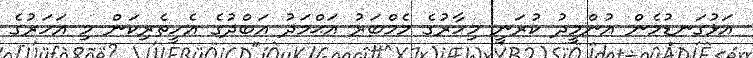
އަޅުގަނޑުމެން އުންމީދު ކުރަނީ މިހާރުގެ މެމްބަރު އަޙްމަދު އަބްދުގެ އެހީތެރިކަން މި އަހަރުގެ